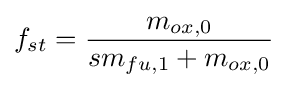
{f_{st}={\frac {m_{ox,0}}{{sm}_{fu,1}+m_{ox,0}}}}